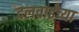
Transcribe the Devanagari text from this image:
दलवाईंच्या